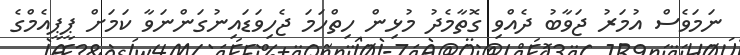
ނަމަވެސް އުމަރު ޖަވާބު ދެއްވި ގޮތާމެދު މުޅިން ހިތްހަމަ ޖެހިވަޑައިނުގަންނަވާ ކަމަށް ޕީޕީއެމްގެ